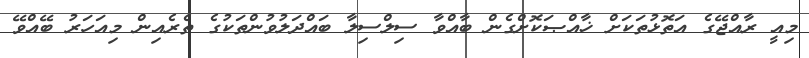
މިއީ ރާއްޖޭގެ އަތޮޅުތަކަށް ޚާއްޞަކޮށްގެން ބާއްވާ ސިލްސިލާ ބައްދަލުވުންތަކުގެ ތެރެއިން މިއަހަރު ބޭއްވޭ